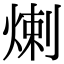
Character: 𤊶